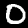
Label: 0